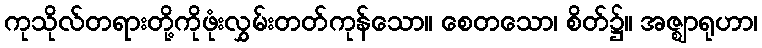
ကုသိုလ်တရားတို့ကိုဖုံးလွှမ်းတတ်ကုန်သော။ စေတသော၊ စိတ်၌။ အဇ္ဈာရုဟာ၊